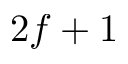
2 f + 1